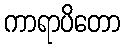
ကာရာပိတော